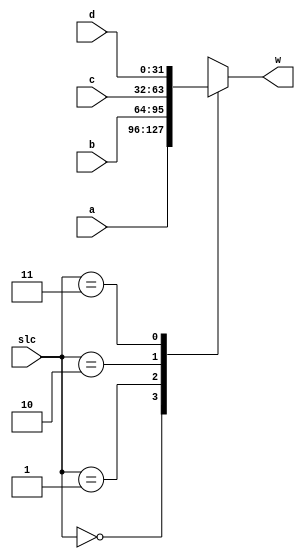
module Mux4to1(slc, a, b, c, d, w);
    parameter N = 32;

    input [1:0] slc;
    input [N-1:0] a, b, c, d;
    
    output reg [N-1:0] w;

    always @(a or b or c or d or slc) begin
        case (slc)
            2'b00  : w <= a;
            2'b01  : w <= b;
            2'b10  : w <= c;
            2'b11  : w <= d;
            default: w <= {N{1'bz}};
        endcase
    end

endmodule